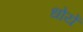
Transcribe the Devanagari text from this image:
धोयें